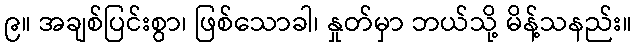
၉။ အချစ်ပြင်းစွာ၊ ဖြစ်သောခါ၊ နှုတ်မှာ ဘယ်သို့ မိန့်သနည်း။